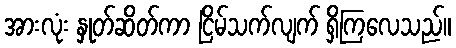
အားလုံး နှုတ်ဆိတ်ကာ ငြိမ်သက်လျက် ရှိကြလေသည်။